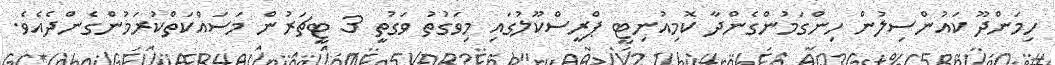
ހިމަންދޫ ކައުންސިލުން ހިންގަމުންގެންދާ ކޮމިއުނިޓީ ޕްރީސްކޫލުގައި މިވަގުތު ވަގުތީ 3 ޓީޗަރުން މަސައްކަތްކުރަމުންގެންދެއެވެ.